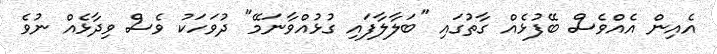
އެއިން އެއްވެސް ބޭފުޅެއް ގާތުގައި "ބަލާލާފައި ގުޅުއްވާނަމޭ" ދުވަހަކު ވެސް ވިދާޅެއް ނުވެ